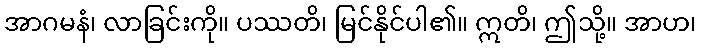
အာဂမနံ၊ လာခြင်းကို။ ပဿတိ၊ မြင်နိုင်ပါ၏။ ဣတိ၊ ဤသို့။ အာဟ၊